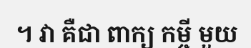
។ វា គឺជា ពាក្យ កម្ចី មួយ